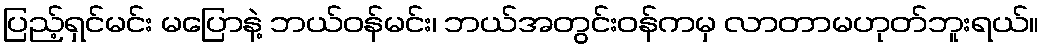
ပြည့်ရှင်မင်း မပြောနဲ့ ဘယ်ဝန်မင်း၊ ဘယ်အတွင်းဝန်ကမှ လာတာမဟုတ်ဘူးရယ်။